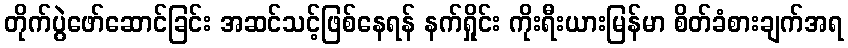
တိုက်ပွဲဖော်ဆောင်ခြင်း အဆင်သင့်ဖြစ်နေရန် နက်ရှိုင်း ကိုးရီးယားမြန်မာ စိတ်ခံစားချက်အရ